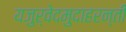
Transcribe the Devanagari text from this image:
यजुर्वेदमुदाहरन्तीं